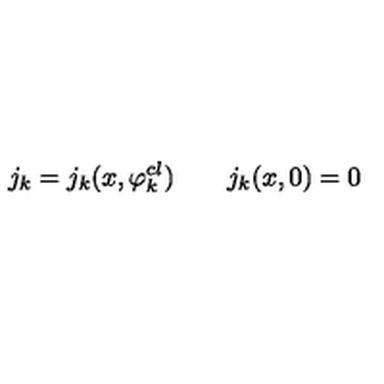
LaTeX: j _ { k } = j _ { k } ( x , \varphi _ { k } ^ { c l } ) \qquad j _ { k } ( x , 0 ) = 0